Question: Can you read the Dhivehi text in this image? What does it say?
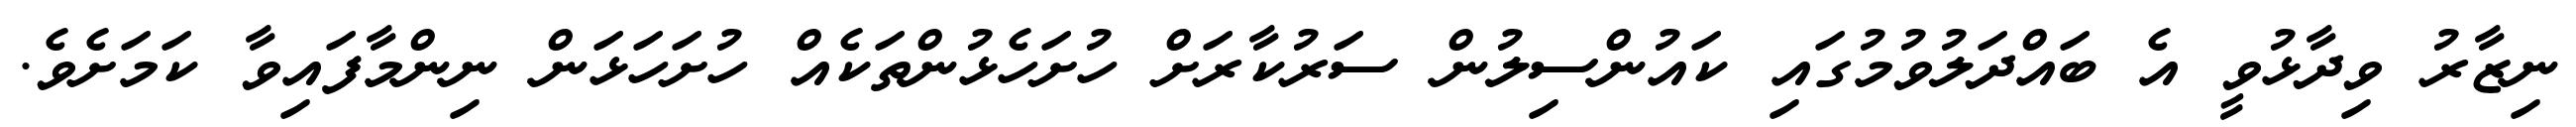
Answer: ނިޒާރު ވިދާޅުވީ އެ ބައްދަލުވުމުގައި ކައުންސިލުން ސަރުކާރަށް ހުށަހެޅުންތަކެއް ހުށަހަޅަން ނިންމާފައިވާ ކަމަށެވެ.